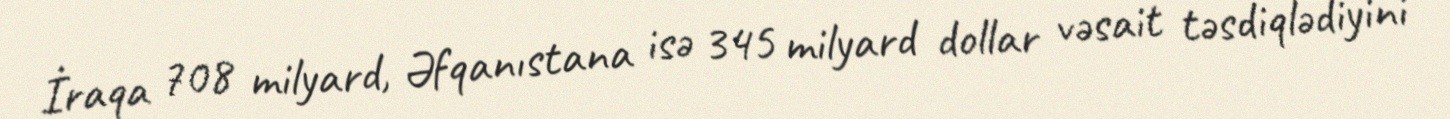
İraqa 708 milyard, Əfqanıstana isə 345 milyard dollar vəsait təsdiqlədiyini